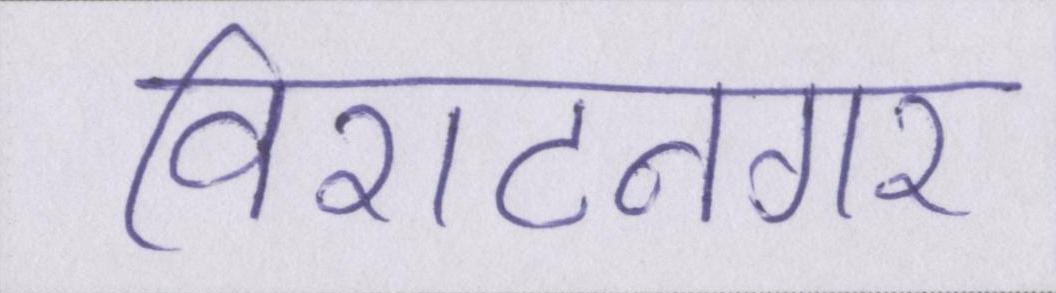
विराटनगर